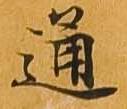
通